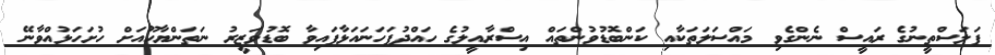
ފަލަސްތީނުގެ ރައީސް ނެންގެވި މައްސަލަތަކާއި ކަންބޮޑުވުންތައް އިސްރާއީލުގެ ހައްދުފަހަނައަޅާފައިވާ ބޮޑުވަޒީރު ނަތަންޔާހޫއަށް ހުށަހަޅުއްވާނޭ